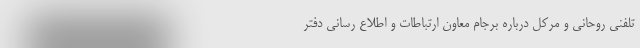
تلفنی روحانی و مرکل درباره برجام معاون ارتباطات و اطلاع رسانی دفتر